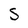
Character: S